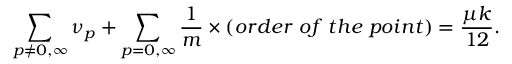
\sum _ { p \neq 0 , \infty } { \nu _ { p } } + \sum _ { p = 0 , \infty } \frac { 1 } { m } \times ( o r d e r \; o f \; t h e \; p o i n t ) = \frac { \mu k } { 1 2 } .